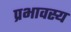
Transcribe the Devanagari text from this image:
प्रभावस्य